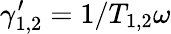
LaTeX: \gamma_{1,2}^{\prime}=1/T_{1,2}\omega